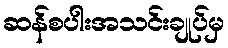
ဆန်စပါးအသင်းချုပ်မှ